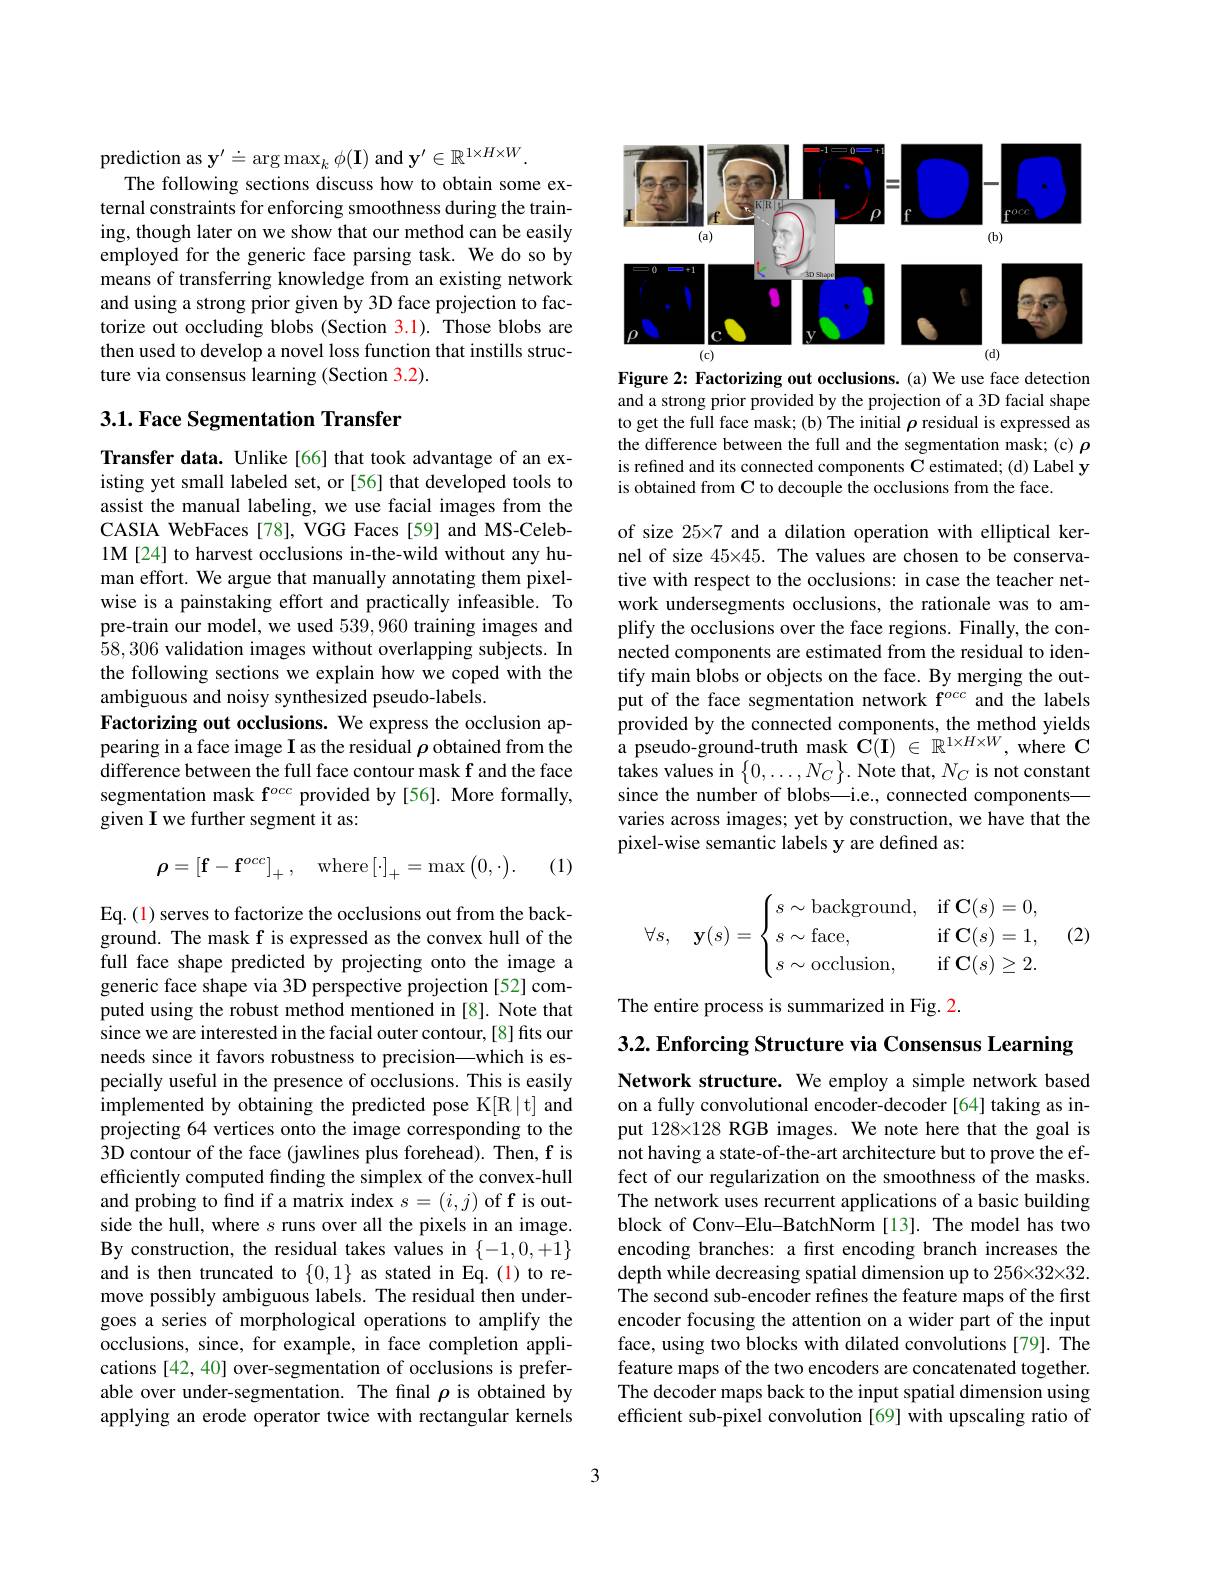
prediction as $\mathbf{y}^{\prime}\doteq\arg\max_k\phi(\mathbf{I})$ and $\mathbf{y}^\prime\in\mathbb{R}^{1\times H\times W}.$
The following sections discuss how to obtain some external constraints for enforcing smoothness during the training, though later on we show that our method can be easily employed for the generic face parsing task. We do so by means of transferring knowledge from an existing network and using a strong prior given by 3D face projection to factorize out occluding blobs (Section 3.1). Those blobs are then used to develop a novel loss function that instills structure via consensus learning (Section 3.2).

## 3.1. Face Segmentation Transfer

Transfer data. Unlike[66] that took advantage of an existing yet small labeled set, or [56] that developed tools to assist the manual labeling, we use facial images from the CASIA WebFaces[78], VGG Faces[59] and MS-Celeb- 1M[24] to harvest occlusions in-the-wild without any human effort. We argue that manually annotating them pixelwise is a painstaking effort and practically infeasible. To pre-train our model, we used 539,960 training images and 58,306 validation images without overlapping subjects. In the following sections we explain how we coped with the ambiguous and noisy synthesized pseudo-labels.
Factorizing out occlusions. We express the occlusion appearing in a face image I as the residual $\rho$ obtained from the difference between the full face contour mask f and the face segmentation mask f$^{occ}$ provided by[56]. More formally, given I we further segment it as:

(1)
$$\boldsymbol{\rho}=\left[\mathbf{f}-\mathbf{f}^{occ}\right]_{+},\quad\mathrm{where}\left[\cdot\right]_{+}=\max\left(0,\cdot\right).$$
Eq. (1) serves to factorize the occlusions out from the background. The mask f is expressed as the convex hull of the full face shape predicted by projecting onto the image a generic face shape via 3D perspective projection [52] computed using the robust method mentioned in [8]. Note that since we are interested in the facial outer contour, [8] fits our needs since it favors robustness to precision—which is especially useful in the presence of occlusions. This is easily implemented by obtaining the predicted pose K[R|t] and projecting 64 vertices onto the image corresponding to the 3D contour of the face (jawlines plus forehead). Then, f is efficiently computed finding the simplex of the convex-hull and probing to find if a matrix index $s=(i,j)$ of f is outside the hull, where $s$ runs over all the pixels in an image. By construction, the residual takes values in $\{-1,0,+1\}$ and is then truncated to $\{0,1\}$ as stated in Eq.(1) to remove possibly ambiguous labels. The residual then undergoes a series of morphological operations to amplify the occlusions, since, for example, in face completion applications [42, 40] over-segmentation of occlusions is preferable over under-segmentation. The final $\rho$ is obtained by applying an erode operator twice with rectangular kernels

<FigureHere>

Figure 2: Factorizing out occlusions. (a) We use face detection and a strong prior provided by the projection of a 3D facial shape to get the full face mask; (b) The initial $\rho$ residual is expressed as the difference between the full and the segmentation mask; (c) $\rho$ is refined and its connected components C estimated; (d) Label y is obtained from C to decouple the occlusions from the face.

of size 25×7 and a dilation operation with elliptical kernel of size 45×45. The values are chosen to be conservative with respect to the occlusions: in case the teacher network undersegments occlusions, the rationale was to amplify the occlusions over the face regions. Finally, the connected components are estimated from the residual to identify main blobs or objects on the face. By merging the output of the face segmentation network f$^{occ}$ and the labels $\begin{array}{ll}{\text{provided by the connected components, the method yields}}\\{\text{a pseudo-ground-truth mask C(I) }\in\mathbb{R}^{1\times H\times W},\mathrm{~where~C}}\end{array}$ takes values in $\{0,\ldots,N_{C}\}.$ Note that, $N_{C}$ is not constant since the number of blobs—i.e., connected components— varies across images; yet by construction, we have that the pixel-wise semantic labels y are defined as:
$$\forall s,\quad\mathbf{y}(s)=\begin{cases}s\sim\text{background},&\text{if}\:\mathbf{C}(s)=0,\\s\sim\text{face},&\text{if}\:\mathbf{C}(s)=1,\\s\sim\text{occlusion},&\text{if}\:\mathbf{C}(s)\ge2.\end{cases}$$
(2)

The entire process is summarized in Fig. 2.

$3. 2. \textbf{ Enforcing Structure via Consensus Learning}$

Network structure. We employ a simple network based on a fully convolutional encoder-decoder[64] taking as input 128×128 RGB images. We note here that the goal is not having a state-of-the-art architecture but to prove the effect of our regularization on the smoothness of the masks. The network uses recurrent applications of a basic building block of Conv-Elu-BatchNorm[13]. The model has two encoding branches: a first encoding branch increases the depth while decreasing spatial dimension up to 256×32×32. The second sub-encoder refines the feature maps of the first encoder focusing the attention on a wider part of the input face, using two blocks with dilated convolutions [79]. The feature maps of the two encoders are concatenated together. The decoder maps back to the input spatial dimension using efficient sub-pixel convolution [69] with upscaling ratio of

3